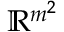
\mathbb { R } ^ { m ^ { 2 } }